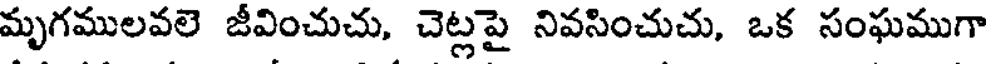
మృగములవలె జీవించుచు, చెట్లపై నివసించుచు, ఒక సంఘముగా